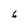
Character: 6